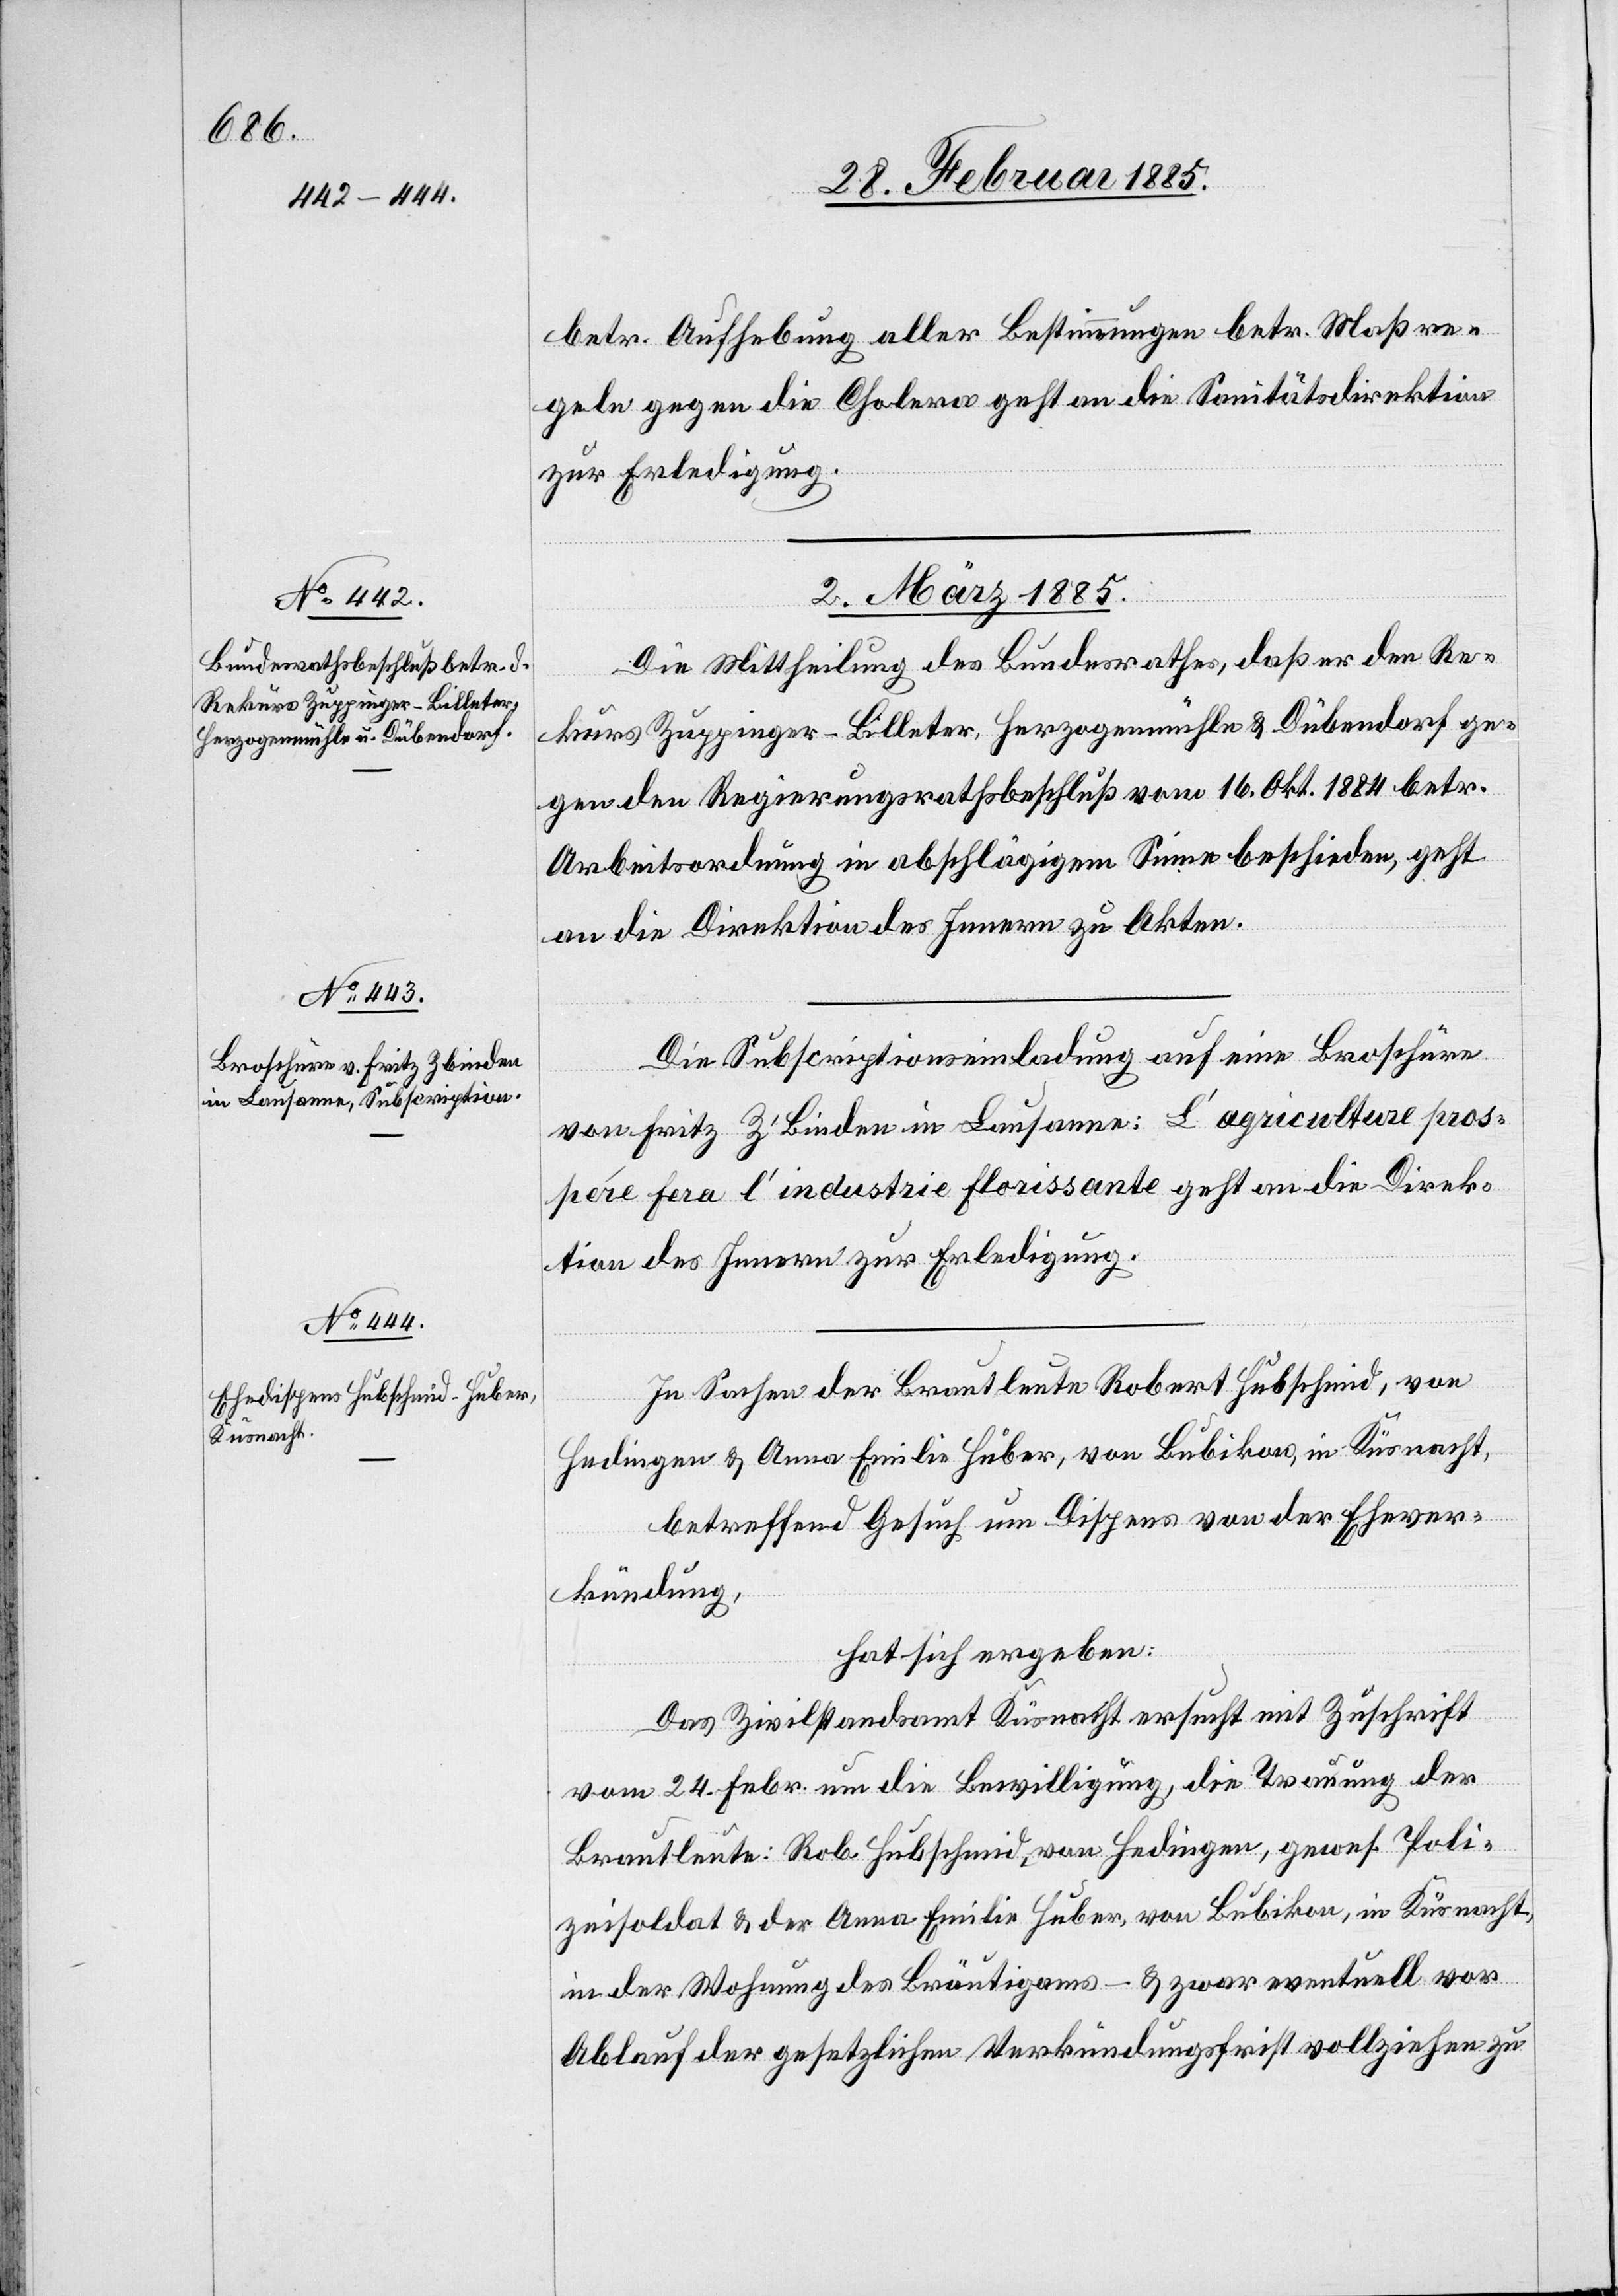
betr. Aufhebung aller Bestimmungen betr. Maßre¬
geln gegen die Cholera geht an die Sanitätsdirektion
zur Erledigung.
2. März 1885.]
Die Mittheilung des Bundesrathes, daß er den Re¬
kurs Zuppinger-Billeter, Herzogenmühle & Dübendorf ge¬
gen den Regierungsrathsbeschluß vom 16. Okt. 1884 betr.
Arbeitsordnung in abschlägigem Sinne beschieden, geht
an die Direktion des Innern zu Akten.
Die Subscriptionseinladung auf eine Broschüre
von Fritz Z’binden in Lausanne: L’agriculture pros¬
pére fera l’industrie florissante geht an die Direk¬
tion des Innern zur Erledigung.
In Sachen der Brautleute Robert Hubschmid, von
Hedingen & Anna Emilie Huber, von Bubikon, in Küsnacht,
betreffend Gesuch um Dispens von der Ehever¬
kündung,
hat sich ergeben:
Das Zivilstrandsamt Küsnacht ersucht mit Zuschrift
vom 24. Febr. um die Bewilligung, die Trauung der
Brautleute: Rob. Hubschmid, von Hedingen, gewes. Poli¬
zeisoldat & der Anna Emilie Huber, von Bubikon, in Küsnacht,
in der Wohnung des Bräutigams – & zwar eventuell vor
Ablauf der gesetzlichen Verkündigungsfrist vollziehen zu